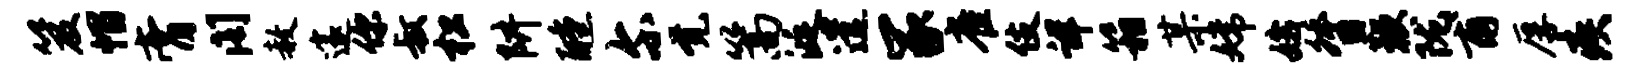
笈帽膏阁赦邃你叔松阱醺尔觉篙涎遣冢雀伎详箱某嫦娥督鞭陇甫厚疾